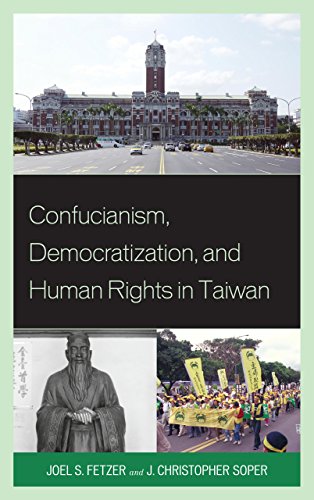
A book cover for Confucianism, Democratization, and Human Rights in Taiwan; Joel Fetzer; Religion & Spirituality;